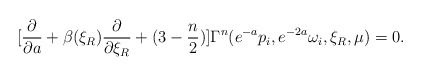
\begin{align*}[{\partial \over \partial a}+\beta(\xi_R){\partial \over \partial\xi_R}+(3-{n\over 2})]\Gamma^{n}(e^{-a}p_i,e^{-2a}\omega_i,\xi_R,\mu)=0.\end{align*}